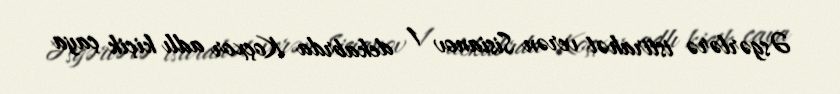
Əsgərlərə istirahət verən Sisianov 1 dekabrda Koçxor adlı kiçik çaya